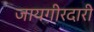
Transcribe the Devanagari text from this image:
जायगीरदारी